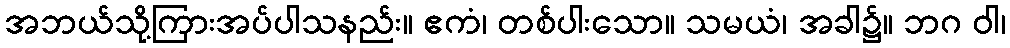
အဘယ်သို့ကြားအပ်ပါသနည်း။ ဧကံ၊ တစ်ပါးသော။ သမယံ၊ အခါ၌။ ဘဂ ဝါ၊